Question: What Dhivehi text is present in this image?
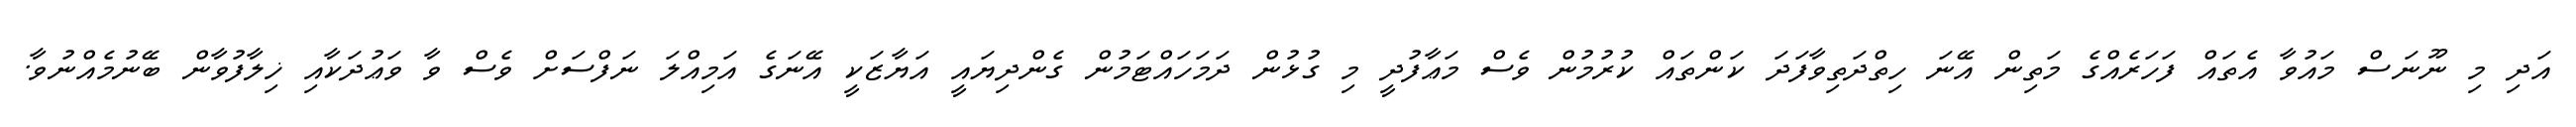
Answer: އަދި މި ނޫނަސް މައުވާ އެތައް ފަހަރެއްގެ މަތިން އޭނަ ހިތްދަތިވާފަދަ ކަންތައް ކުރުމުން ވެސް މަޢާފުދީ މި ގުޅުން ދަމަހައްޓަމުން ގެންދިޔައީ އަޔާޒަކީ އޭނަގެ އަމިއްލަ ނަފްސަށް ވެސް ވާ ވަޢުދަކާއި ޚިލާފުވާން ބޭނުމެއްނުވާ.